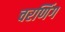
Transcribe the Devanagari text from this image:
चरणिंग